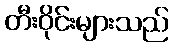
တီးဝိုင်းများသည်